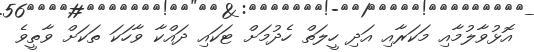
އޮޅުވާލުމާއި މަކަރާއި އަދި ހީލަތް ހެދުމަށް ޓަކައި ދައްކާ ވާހަކަ ތަކަށް ވާތީވެ